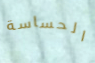
الحساسة